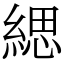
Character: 緦